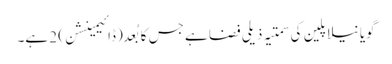
گویا نیلا پلین کی سمتیہ ذیلی فضا ہے جس کا بُعد (ڈائیمینشن) 2 ہے۔